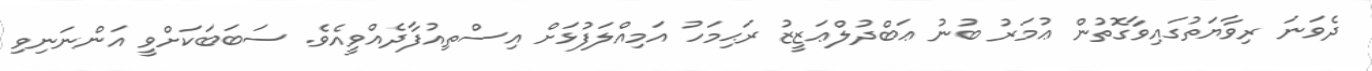
ދެވަނަ ރިވާޔަތުގައިވާގޮތުން ޢުމަރު ބުނު ޢަބްދުލްޢަޒީޒު ރަޙިމަހު އަމިއްލަފުޅަށް އިސްތިއުފާދެއްވީއެވެ. ސަބަބަކަށްވީ އަންނަނިވި